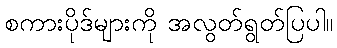
စကားပိုဒ်များကို အလွတ်ရွတ်ပြပါ။